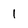
Character: 1